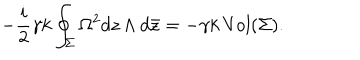
- \frac { i } { 2 } \gamma k \oint _ { \Sigma } \Omega ^ { 2 } d z \wedge d \bar { z } = - \gamma k \, \mathrm { V o l } ( \Sigma ) .